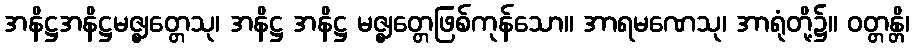
အနိဋ္ဌအနိဋ္ဌမဇ္ဈတ္တေသု၊ အနိဋ္ဌ အနိဋ္ဌ မဇ္ဈတ္တေဖြစ်ကုန်သော။ အာရမဏေသု၊ အာရုံတို့၌။ ဝတ္တန္တိ၊